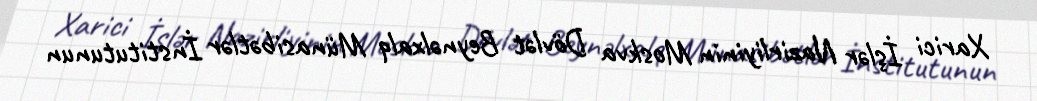
Xarici İşlər Nazirliyinin Moskva Dövlət Beynəlxalq Münasibətlər İnstitutunun